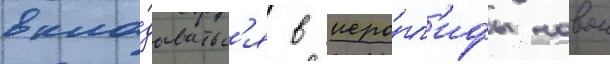
вкла́дыватьс'я в иеро́гл'ифы новои